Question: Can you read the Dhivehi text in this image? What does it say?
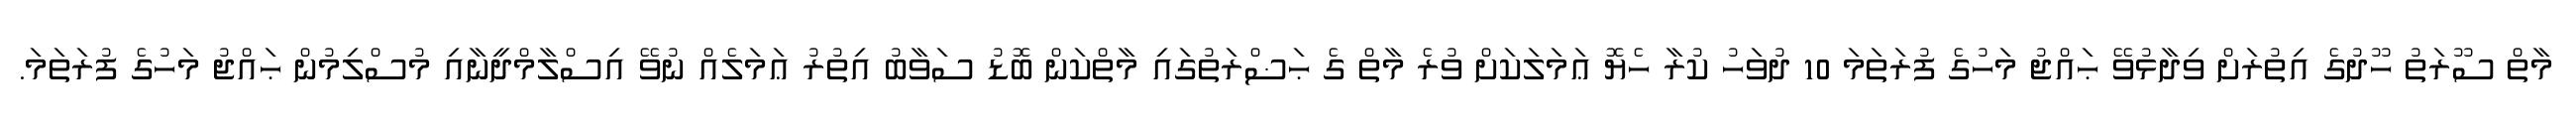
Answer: މާތް ސޫރަތު ހޫދުގެ އިތުރަށް ވިދާޅުވޭ ޙައްޖު މަހުގެ ފުރަތަމަ 10 ދުވަހު ކުރާ ހެޔޮ ޢަމަލަކަށް ވުރެ މާތް ގެ ޙަޟްރަތުގައި މާތްކަން ބޮޑު ސަވާބު އިތުރު ޢަމަލެއް ނުވޭ އިސްލާމްދީނާއި މުސްލިމުން ޙައްޖު މަހުގެ ފުރަތަމަ.